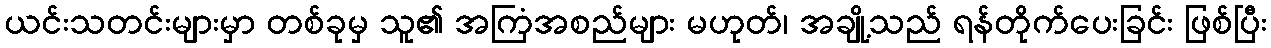
ယင်းသတင်းများမှာ တစ်ခုမှ သူ၏ အကြံအစည်များ မဟုတ်၊ အချို့သည် ရန်တိုက်ပေးခြင်း ဖြစ်ပြီး